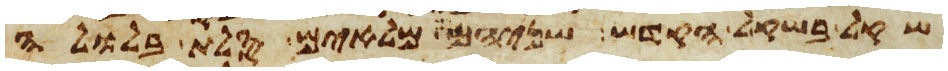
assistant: שקל בשקל הקדש שניהם מלאים סלת בלולה